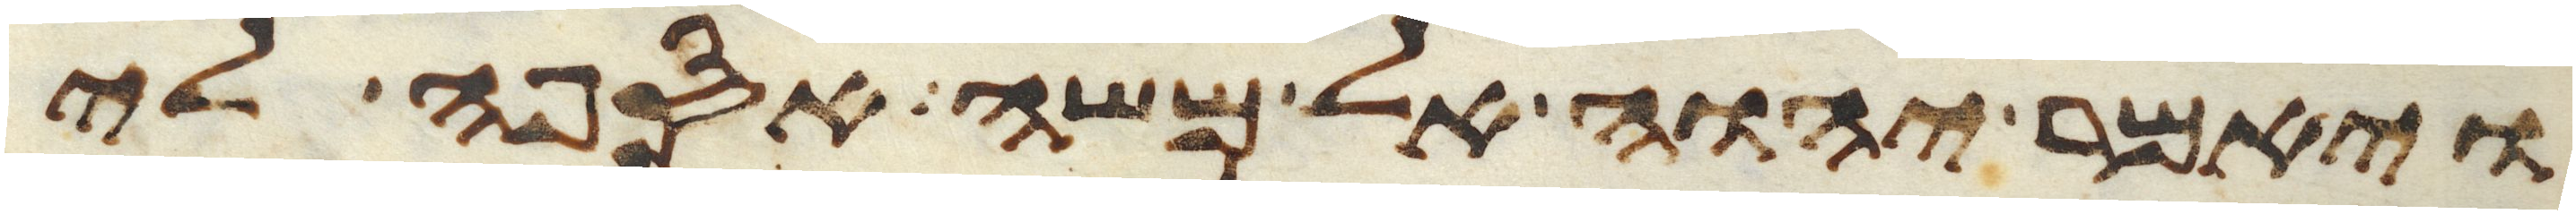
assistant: ויאמר יהוה אל משה אספה לי